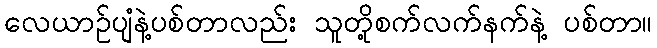
လေယာဉ်ပျံနဲ့ပစ်တာလည်း သူတို့စက်လက်နက်နဲ့ ပစ်တာ။